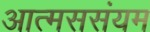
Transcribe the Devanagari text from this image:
आत्मससंयम